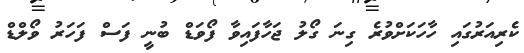
ކެރިއަރުގައި ހާހަކަށްވުރެ ގިނަ ގޯލު ޖަހާފައިވާ ފޯވަޑް ބުނީ ފަސް ފަހަރު ވޯލްޑް